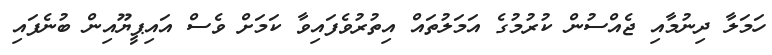
ހަމަލާ ދިނުމާއި ޖެއްސުން ކުރުމުގެ އަމަލުތައް އިތުރުވެފައިވާ ކަމަށް ވެސް އައިޕީޔޫއިން ބުނެފައި